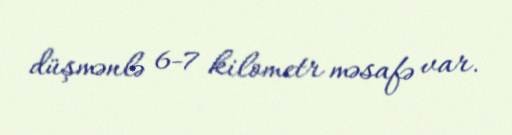
düşmənlə 6-7 kilometr məsafə var.